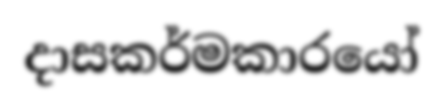
දාසකර්මකාරයෝ